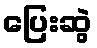
ပြေးဆွဲ